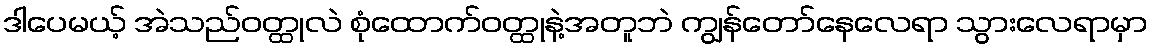
ဒါပေမယ့် အဲသည်ဝတ္ထုလဲ စုံထောက်ဝတ္ထုနဲ့အတူဘဲ ကျွန်တော်နေလေရာ သွားလေရာမှာ